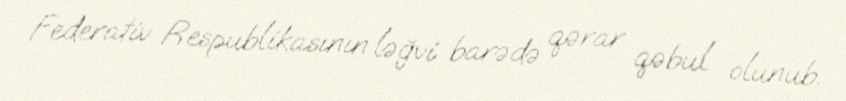
Federativ Respublikasının ləğvi barədə qərar qəbul olunub.